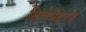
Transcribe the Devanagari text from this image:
लिसेमॅटरने